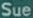
Sue